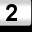
Digit: 2